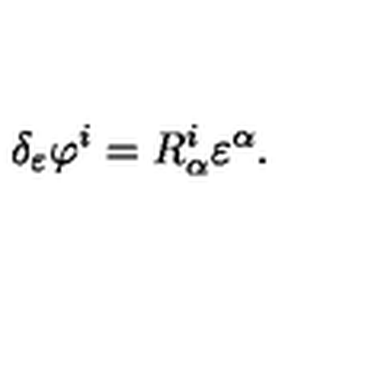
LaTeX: \delta _ { \varepsilon } \varphi ^ { i } = R _ { \alpha } ^ { i } \varepsilon ^ { \alpha } .